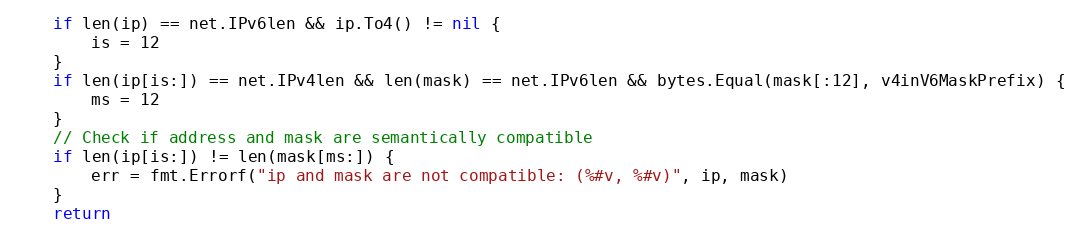
Language: Go
	if len(ip) == net.IPv6len && ip.To4() != nil {
		is = 12
	}
	if len(ip[is:]) == net.IPv4len && len(mask) == net.IPv6len && bytes.Equal(mask[:12], v4inV6MaskPrefix) {
		ms = 12
	}
	// Check if address and mask are semantically compatible
	if len(ip[is:]) != len(mask[ms:]) {
		err = fmt.Errorf("ip and mask are not compatible: (%#v, %#v)", ip, mask)
	}
	return